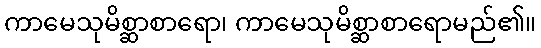
ကာမေသုမိစ္ဆာစာရော၊ ကာမေသုမိစ္ဆာစာရောမည်၏။